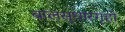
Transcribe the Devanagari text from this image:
बालसुधारगृहों